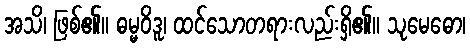
အသိ၊ ဖြစ်၏။ ဓမ္မဝိဒူ၊ ထင်သောတရားလည်းရှိ၏။ သုမေဓော၊